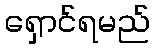
ရှောင်ရမည်